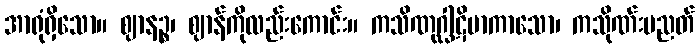
အာရုံရှိသော။ ဈာနဉ္စ၊ ဈာန်ကိုလည်းကောင်း။ ကသိဏုဂ္ဃါဋိမာကာသော၊ ကသိုဏ်းပညတ်